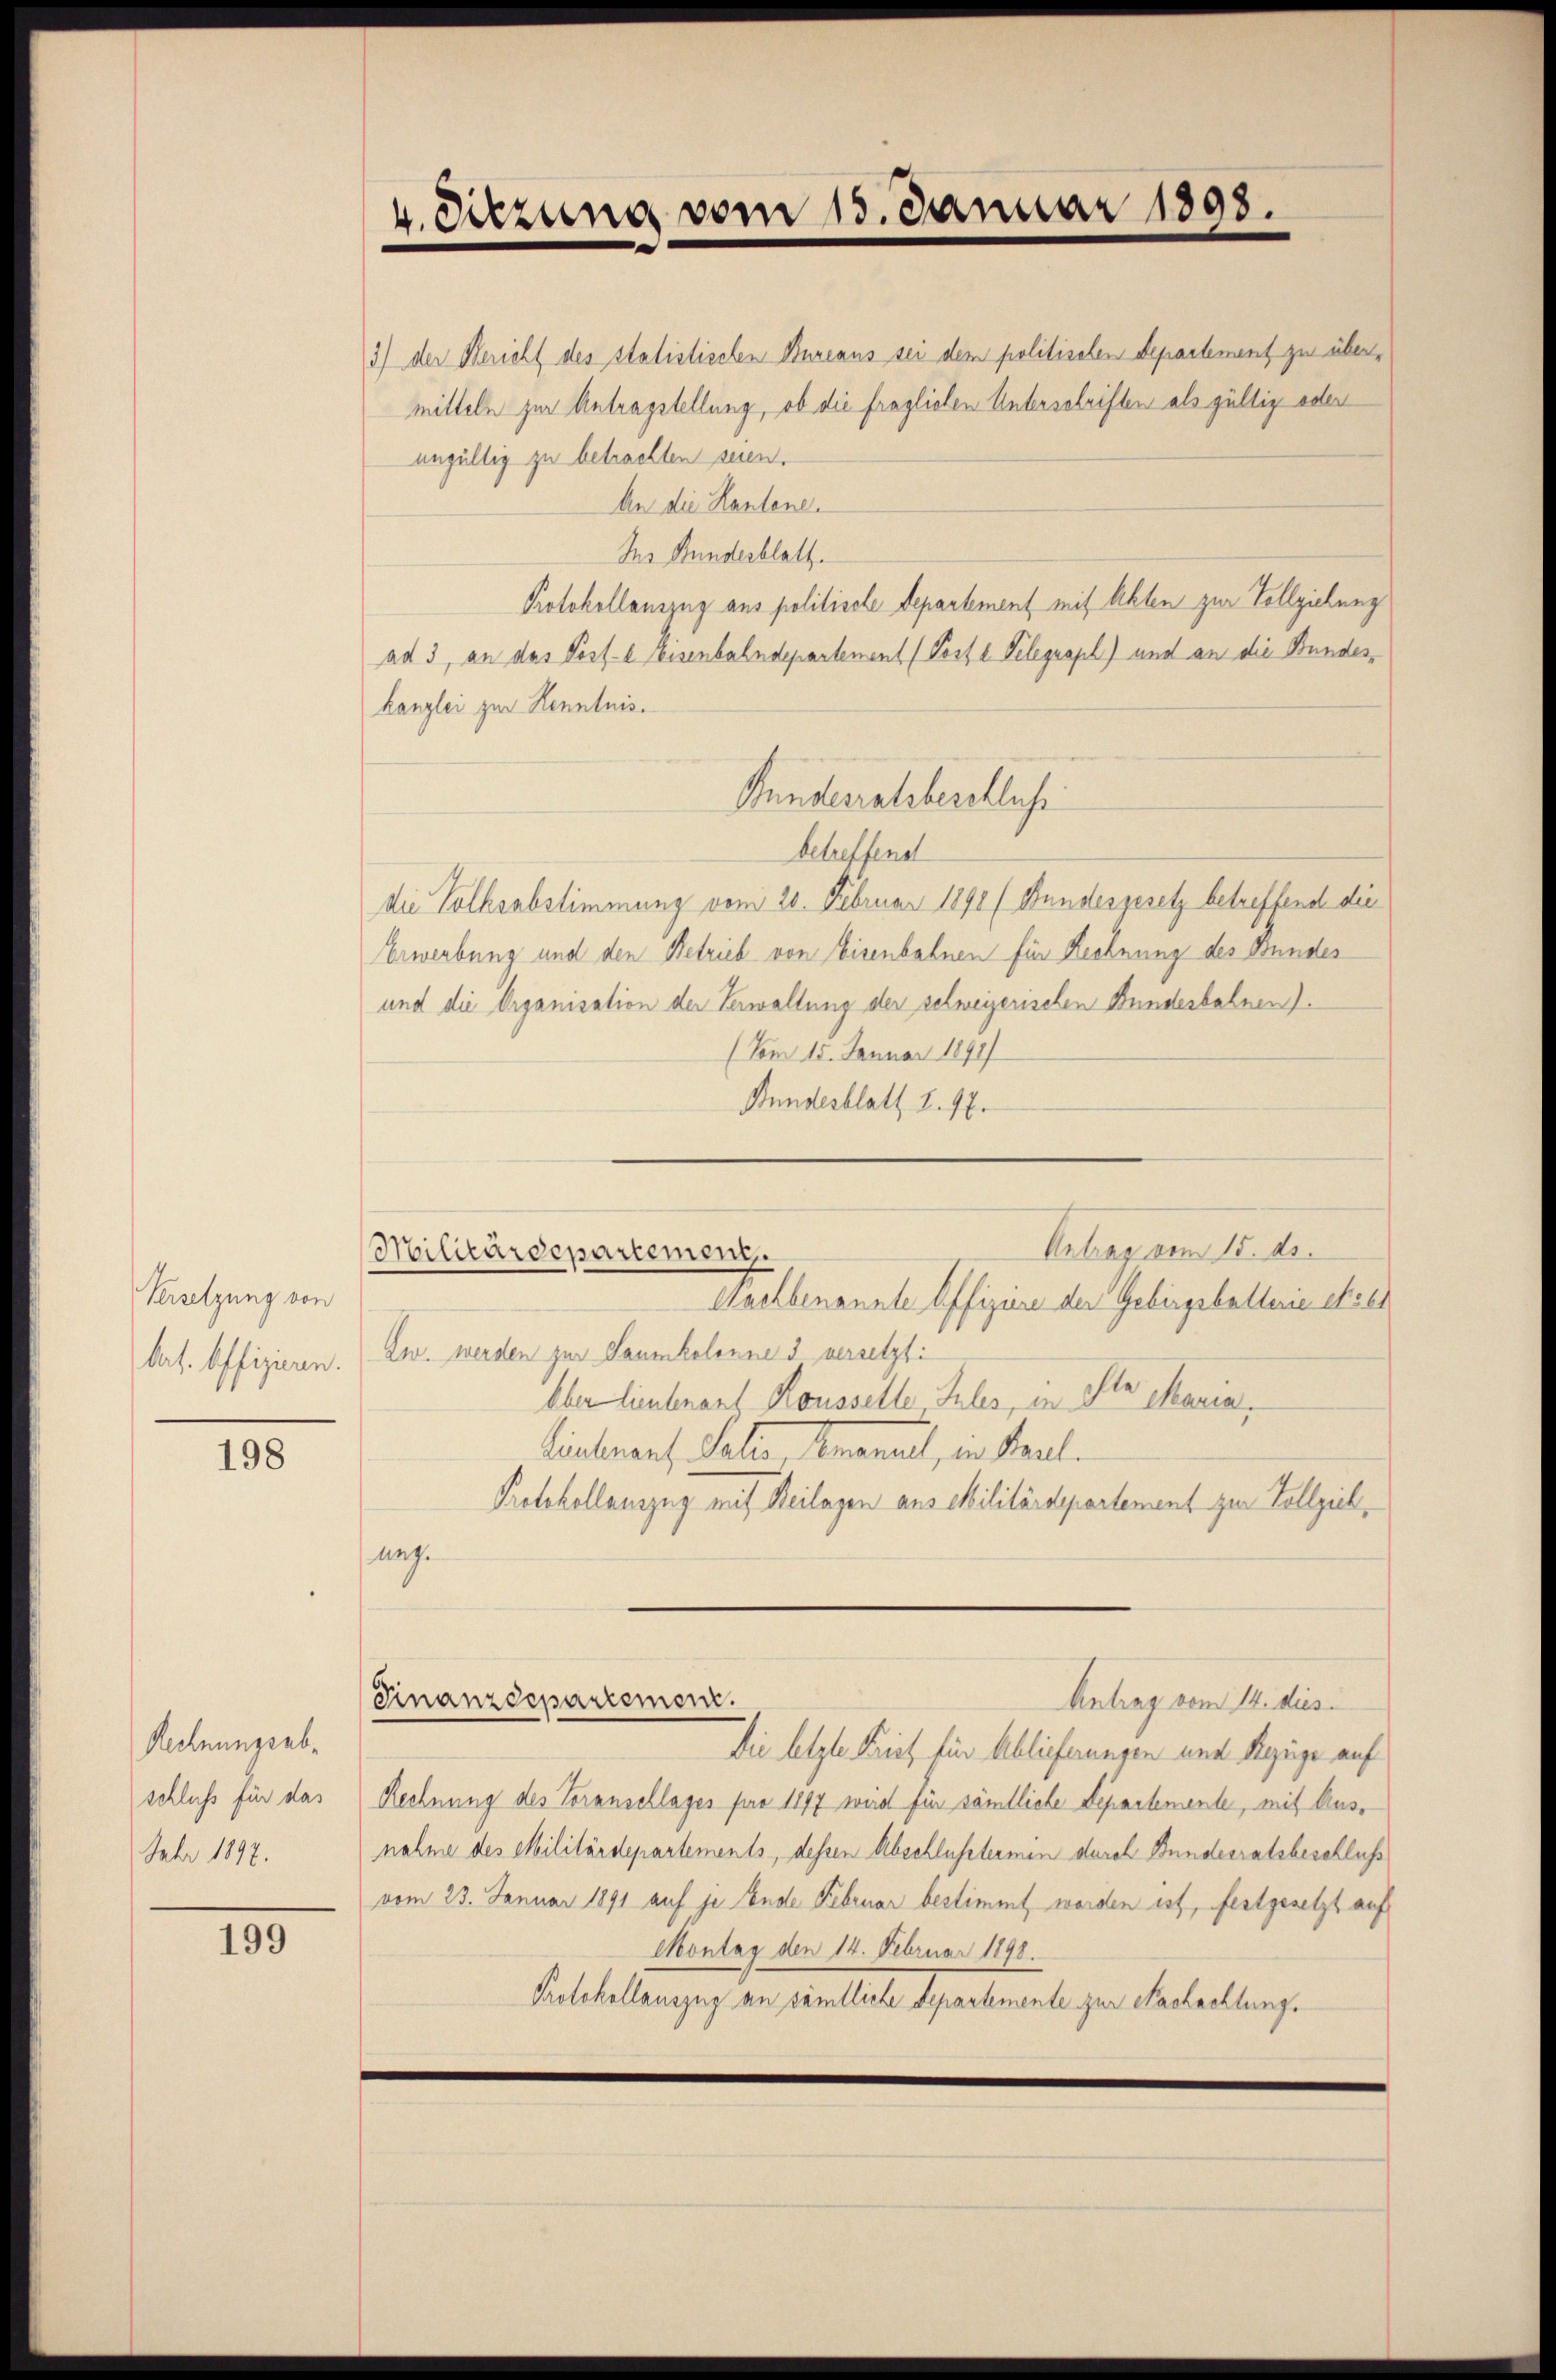
Versetzung von
bat. Offizieren.

198

Rechnungsabschluss für das
Febr 1897.

199

4. Sitzung vom 15. Januar 1898.

3) der Bericht des statistischen Bureaus sei dem politischen Departement zu übermitteln zur Antragstellung, ob die fraglichen Unterschriften als gültig oder
ungültig zu betrachten seien.
An die Handene.
Mr Bundesblatt.
Protokollauszug aus politische Departement mit Akten zur Vollziehung
ad 3, an das Post- e leisenbahndepartement (Poste Telegraph) und an die Stundeskanzlei zur Kenntnis.
Kundesratsbeschluss
betreffend
die Volksabstimmung vom 20. Februar 1891 (Bundesgesetz betreffend die
Erwerbung und den Betrieb von Eisenbahnen für Rechnung des Bundes
und die Organisation der Verwaltung der schweizerischen Bundesbahnen).
(Vom 15. Januar 1891/
Stundesblatt S. 77.
Untrag vom 15. ds.
Militärdepartement,
Gachbenannte Offiziere der Gebirgsballerie es e
Zw. werden zur Saumkolonne 3 versetzt:
Ober lieutnant Rousselle Tales, in Sta Maria,
interant, Sale, Anammel, in Paul.
Protokollauszug mit Beilagen aus Militärdepartement zur Vollzieh,
ung.
Finanzdepartement.
Antrag vom 14. dies
Die letzte Brief für Ablieferungen und Razüge auf
Rechnung des Voranschlages pro 1897 wird für sämtliche Departemente, mit Ausnahme des Militärdepartements, dessen Abschlusstermen durch Bundesratsbeschluß
vom 23. Januar 1891 auf je Ende Februar bestimmt worden ist, festgesetzt auf
Montag den 14. Februar 1898.
Protokollauszug an sämtliche Departemente zur Nachachtung.